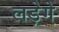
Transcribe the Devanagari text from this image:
लड़ेगे